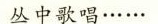
丛中歌唱……